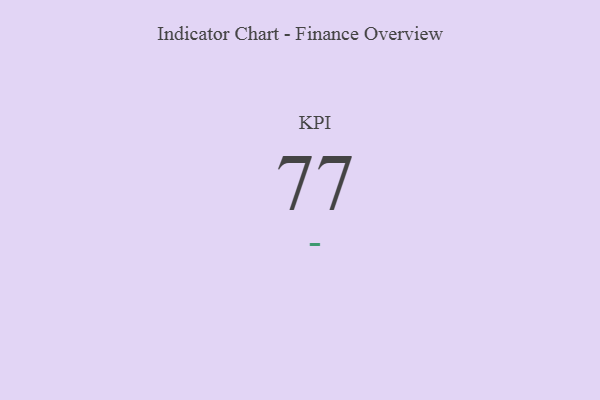
{"axis": {"x": "KPI", "y": "Value"}, "legend": [""], "data": [{"x": "KPI", "y": 77, "type": ""}]}